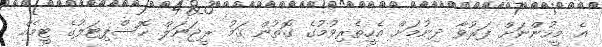
އެ މީހުންނަށް ފަރުވާ ދިނުމަށް އެހީތެރިވުމުގެ ގޮތުން ގަމު ރީޖަނަލް ހޮސްޕިޓަލުގެ ޓީމެއް